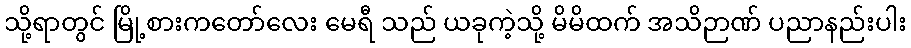
သို့ရာတွင် မြို့စားကတော်လေး မေရီ သည် ယခုကဲ့သို့ မိမိထက် အသိဉာဏ် ပညာနည်းပါး